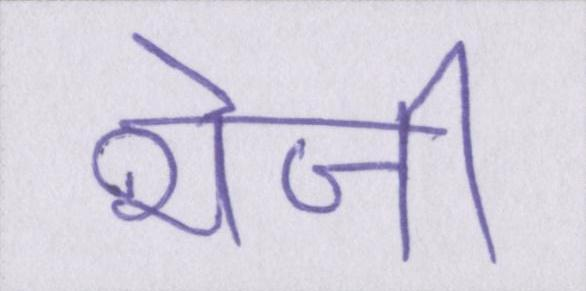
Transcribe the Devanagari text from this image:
भेजी